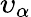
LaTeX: \upsilon_{\alpha}